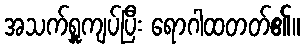
အသက်ရှူကျပ်ပြီး ရောဂါထတတ်၏။